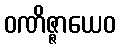
ဝဏိဇ္ဇာယေဝ